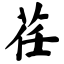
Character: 荏